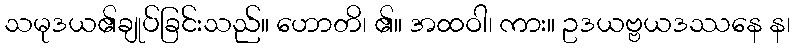
သမုဒယ၏ချုပ်ခြင်းသည်။ ဟောတိ၊ ၏။ အထဝါ၊ ကား။ ဥဒယဗ္ဗယဒဿနေ န၊